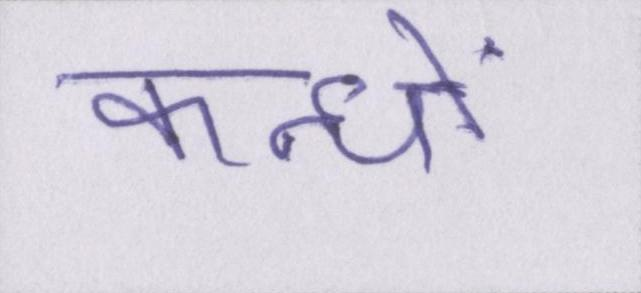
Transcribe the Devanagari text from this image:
कन्धों